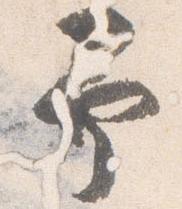
予